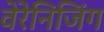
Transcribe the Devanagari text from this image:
वेरेनिजिंग